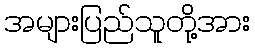
အများပြည်သူတို့အား